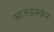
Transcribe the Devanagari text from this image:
साऊंडस्केन